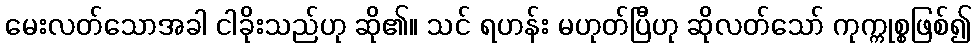
မေးလတ်သောအခါ ငါခိုးသည်ဟု ဆို၏။ သင် ရဟန်း မဟုတ်ပြီဟု ဆိုလတ်သော် ကုက္ကုစ္စဖြစ်၍